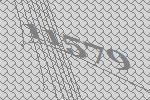
11579